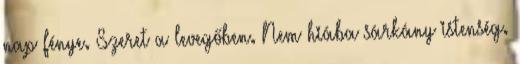
nap fénye. Szeret a levegőben. Nem hiába sárkány istenség.